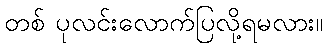
တစ် ပုလင်းလောက်ပြလို့ရမလား။